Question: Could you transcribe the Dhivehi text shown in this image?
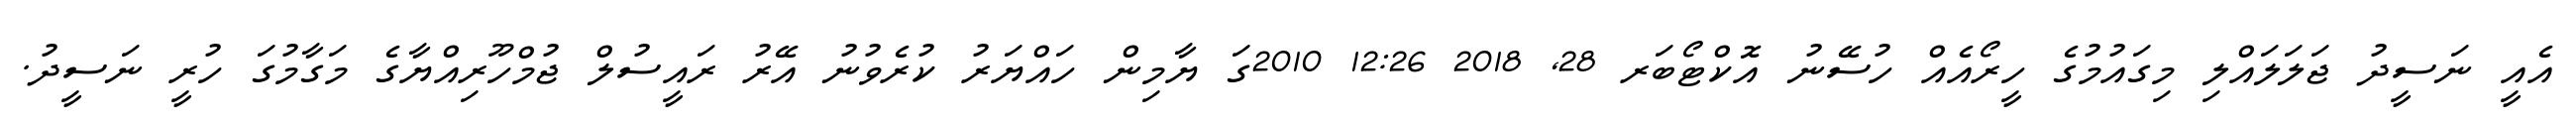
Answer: އެއީ ނަސީދު ޖަލަލައްލި މިގައުމުގެ ހީރޯއެއް ހުސޭނު އޮކްޓޯބަރ 28, 2018 12:26 2010ގަ ޔާމިން ހައްޔަރު ކުރެވުނު އޭރު ރައީސުލް ޖުމްހޫރިއްޔާގެ މަގާމުގަ ހުރީ ނަސީދު.